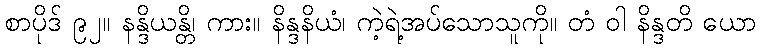
စာပိုဒ် ၉၂။ နန္ဒိယန္တိ၊ ကား။ နိန္ဒနိယံ၊ ကဲ့ရဲ့အပ်သောသူကို။ တံ ဝါ နိန္ဒတိ ယော